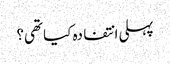
پہلی انتفادہ کیا تھی؟